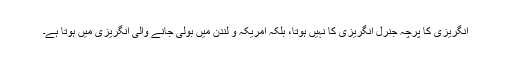
انگریزی کا پرچہ جنرل انگریزی کا نہیں ہوتا، بلکہ امریکہ و لندن میں بولی جانے والی انگریزی میں ہوتا ہے۔